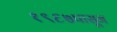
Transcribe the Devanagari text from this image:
१९६७पासून